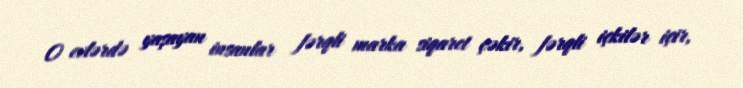
O evlərdə yaşayan insanlar fərqli marka siqaret çəkir, fərqli içkilər içir,